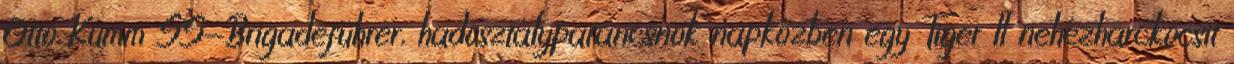
Otto Kumm SS-Brigadeführer, hadosztályparancsnok napközben egy Tiger II nehézharckocsit